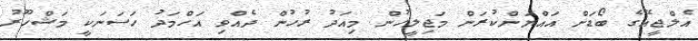
އެލްޖީއޭގެ ބޯޑަށް އައްޔަންކުރަން މަޖިލީހުން މިއަދު ރުހުން ދެއްވި އަހްމަދު ހަސަނަކީ މަޝްހޫރު